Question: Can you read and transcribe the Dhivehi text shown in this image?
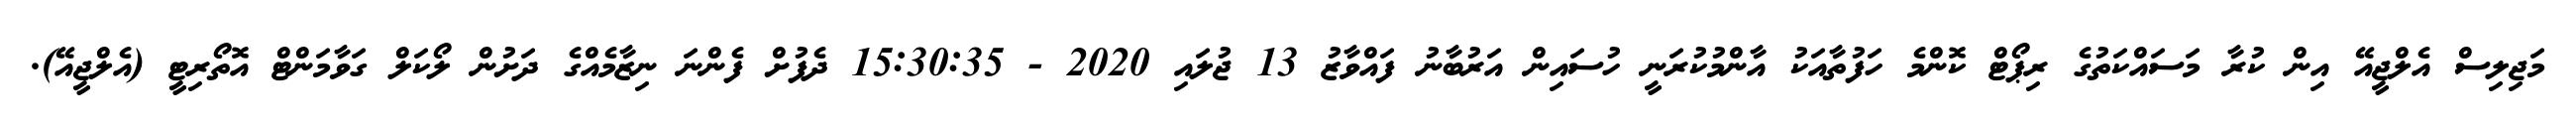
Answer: މަޖިލިސް އެލްޖީއޭ އިން ކުރާ މަސައްކަތުގެ ރިޕޯޓް ކޮންމެ ހަފުތާއަކު އާންމުކުރަނީ ހުސައިން އަރުބާނު ފައްވާޒު 13 ޖުލައި 2020 - 15:30:35 ދެފުށް ފެންނަ ނިޒާމެއްގެ ދަށުން ލޯކަލް ގަވާމަންޓް އޮތޯރިޓީ (އެލްޖީއޭ).